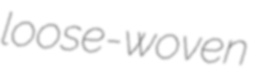
loose-woven